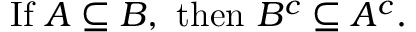
{ \mathrm { I f ~ } } A \subseteq B { \mathrm { , ~ t h e n ~ } } B ^ { c } \subseteq A ^ { c } .